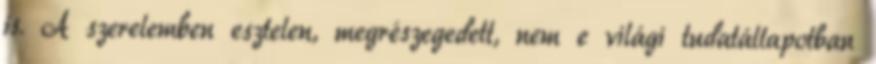
is. A szerelemben esztelen, megrészegedett, nem e világi tudatállapotban